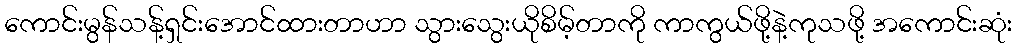
ကောင်းမွန်သန့်ရှင်းအောင်ထားတာဟာ သွားသွေးယိုစိမ့်တာကို ကာကွယ်ဖို့နဲ့ကုသဖို့ အကောင်းဆုံး